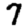
Digit: 7